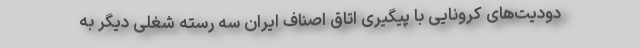
دودیت‌های کرونایی با پیگیری اتاق اصناف ایران سه رسته شغلی دیگر به